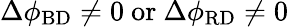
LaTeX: \Delta\phi_{\mathrm{BD}}\neq 0\ \mathrm{or}\ \Delta\phi_{\mathrm{RD}}\neq 0